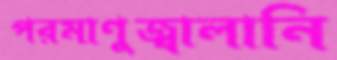
পরমাণুজ্বালানি